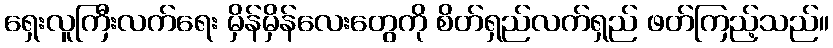
ရှေးလူကြီးလက်ရေး မှိန်မှိန်လေးတွေကို စိတ်ရှည်လက်ရှည် ဖတ်ကြည့်သည်။